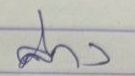
ล่าง